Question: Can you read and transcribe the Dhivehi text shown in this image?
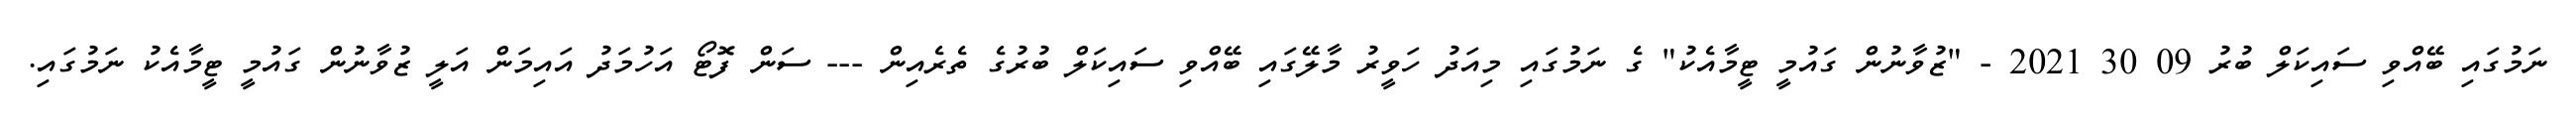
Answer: ނަމުގައި ބޭއްވި ސައިކަލް ބުރު 09 30 2021 - "ޒުވާނުން ގައުމީ ޓީމާއެކު" ގެ ނަމުގައި މިއަދު ހަވީރު މާލޭގައި ބޭއްވި ސައިކަލް ބުރުގެ ތެރެއިން --- ސަން ފޮޓޯ އަހުމަދު އައިމަން އަލީ ޒުވާނުން ގައުމީ ޓީމާއެކު ނަމުގައި.